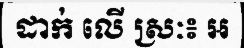
ដាក់ លើ ស្រៈ៖ អ